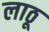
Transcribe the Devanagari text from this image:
लाठू